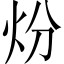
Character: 𤆶